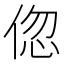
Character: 𬾠